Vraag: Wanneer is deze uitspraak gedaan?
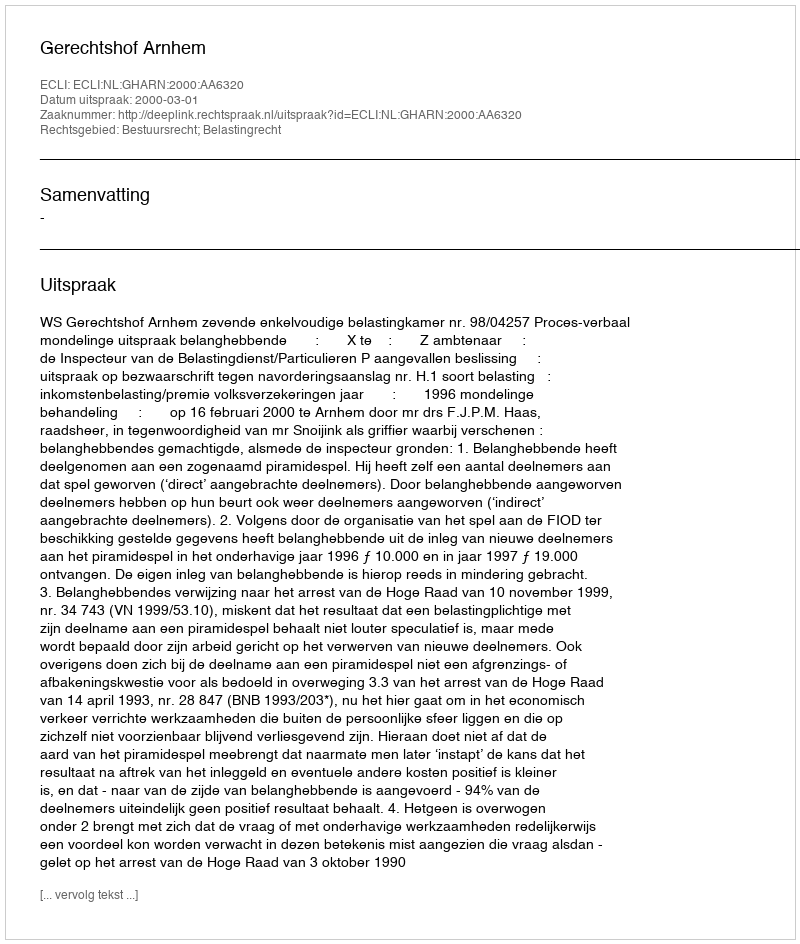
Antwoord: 2000-03-01